Indian journal of veterinary science and animal husbandry - Volumes 28-29, 1958-1959
Year: 1958
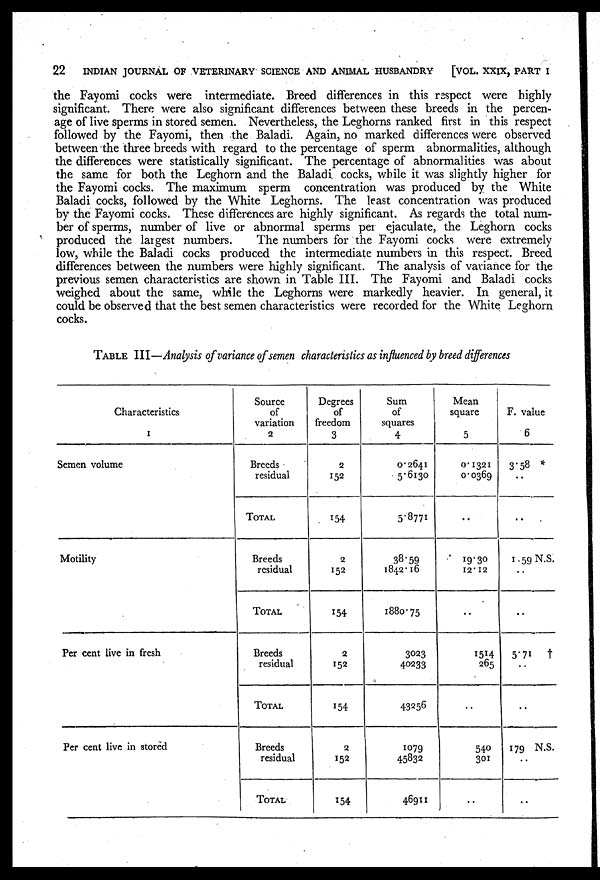
22
INDIAN JOURNAL OF VETERINARY SCIENCE AND ANIMAL HUSBANDRY
[VOL. XXIX, PART I
the Fayomi cocks were intermediate. Breed differences in this respect were highly
significant. There were also significant differences between these breeds in the percen-
age of live sperms in stored semen. Nevertheless, the Leghorns ranked first in this respect
followed by the Fayomi, then the Baladi. Again, no marked differences were observed
between the three breeds with regard to the percentage of sperm abnormalities, although
the differences were statistically significant. The percentage of abnormalities was about
the same for both the Leghorn and the Baladi cocks, while it was slightly higher for
the Fayomi cocks. The maximum sperm concentration was produced by the White
Baladi cocks, followed by the White Leghorns. The least concentration was produced
by the Fayomi cocks. These differences are highly significant. As regards the total num-
ber of sperms, number of live or abnormal sperms per ejaculate, the Leghorn cocks
produced the largest numbers.
The numbers for the Fayomi cocks were extremely
low, while the Baladi cocks produced the intermediate numbers in this respect. Breed
differences between the numbers were highly significant. The analysis of variance for the
previous semen characteristics are shown in Table III. The Fayomi and Baladi cocks
weighed about the same, while the Leghorns were markedly heavier. In general, it
could be observed that the best semen characteristics were recorded for the White Leghorn
cocks.
TABLE III—Analysis of variance of semen characteristics as influenced by breed differences
Characteristics
1
Semen volume
Motility
Per cent live in fresh
Per cent live in stored
Source
of
variation
2
Breeds
residual
TOTAL
Breeds
residual
TOTAL
Breeds
residual
TOTAL
Breeds
residual
TOTAL
Degrees
of
freedom
3
2
152
154
2
152
154
2
152
154
2
152
154
Sum
of
squares
4
0.2641
5.6130
5.8771
38.59
1842.16
1880.75
3023
40233
43256
1079
45832
46911
Mean
square
5
0.1321
0.0369
..
19.30
12.12
..
1514
265
..
540
301
..
F. value
6
3.58 *
..
..
1.59 N.S.
..
..
5.71 †
..
..
179 N.S.
..
..